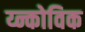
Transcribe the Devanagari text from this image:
य्न्कोविक